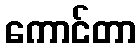
ကောင်တာ